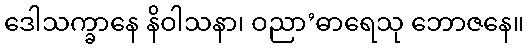
ဒေါသက္ခာနေ နိဝါသနာ၊ ဝညာ’ဓာရေသု ဘောဇနေ။